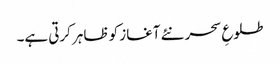
طلوعِ سحر نئے آغاز کو ظاہر کرتی ہے۔